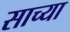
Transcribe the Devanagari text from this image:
साच्या